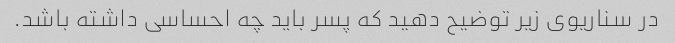
در سناریوی زیر توضیح دهید که پسر باید چه احساسی داشته باشد.